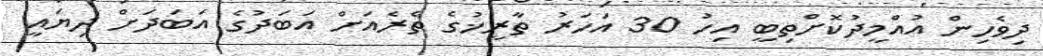
ދިވެހިން އުއްމީދުކޮށްތިބީ އިހު 30 އަހަރު ތާރީޚުގެ ތެރެއަށް އަބަދުގެ އަބަދަށް ދިޔައީ